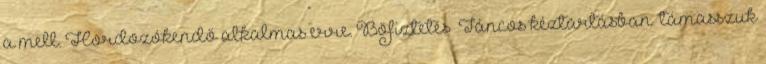
a mell. Hordozókendő alkalmas erre. Böfiztetés „Táncos kéztartásban” támasszuk